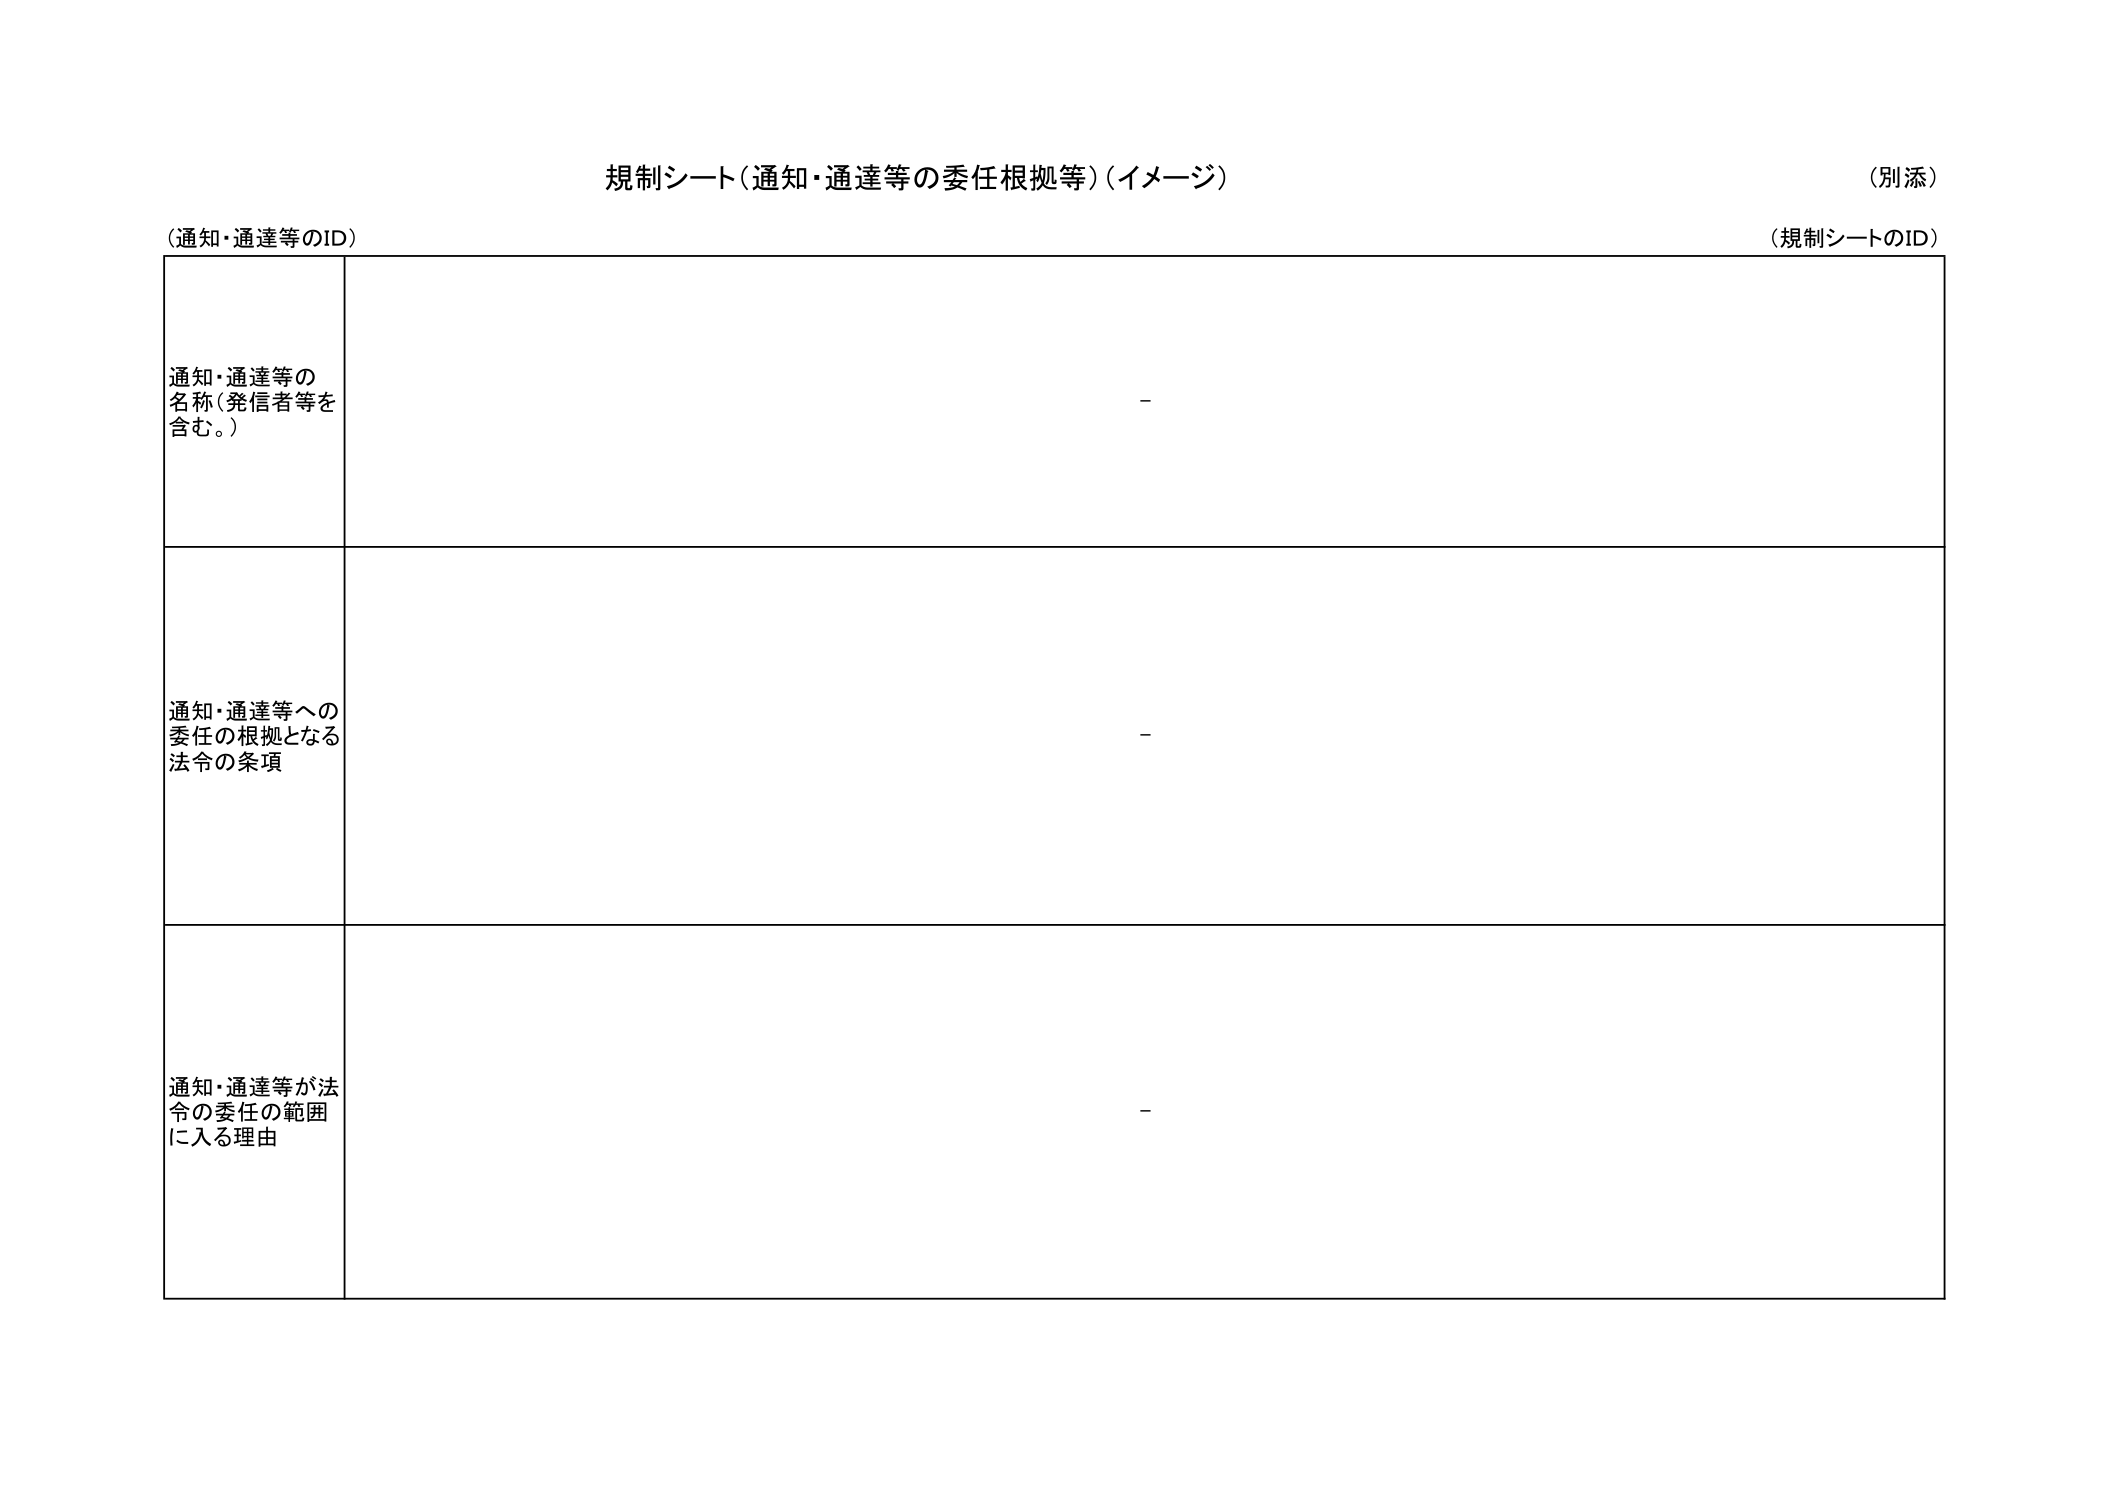
規制シート（通知・通達等の委任根拠等）（イメージ）
（別添）

（通知・通達等のID）
（規制シートのID）

通知・通達等の
名称（発信者等を
含む。）
-

通知・通達等への
委任の根拠となる
法令の条項
-

通知・通達等が法令の委任の範囲
に入る理由
-